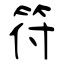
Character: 符